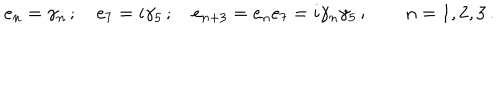
e _ { n } = \gamma _ { n } \, ; \quad e _ { 7 } = i \gamma _ { 5 } \, ; \quad e _ { n + 3 } = e _ { n } e _ { 7 } = i \gamma _ { n } \gamma _ { 5 } \, ; \qquad n = 1 , 2 , 3 \, .